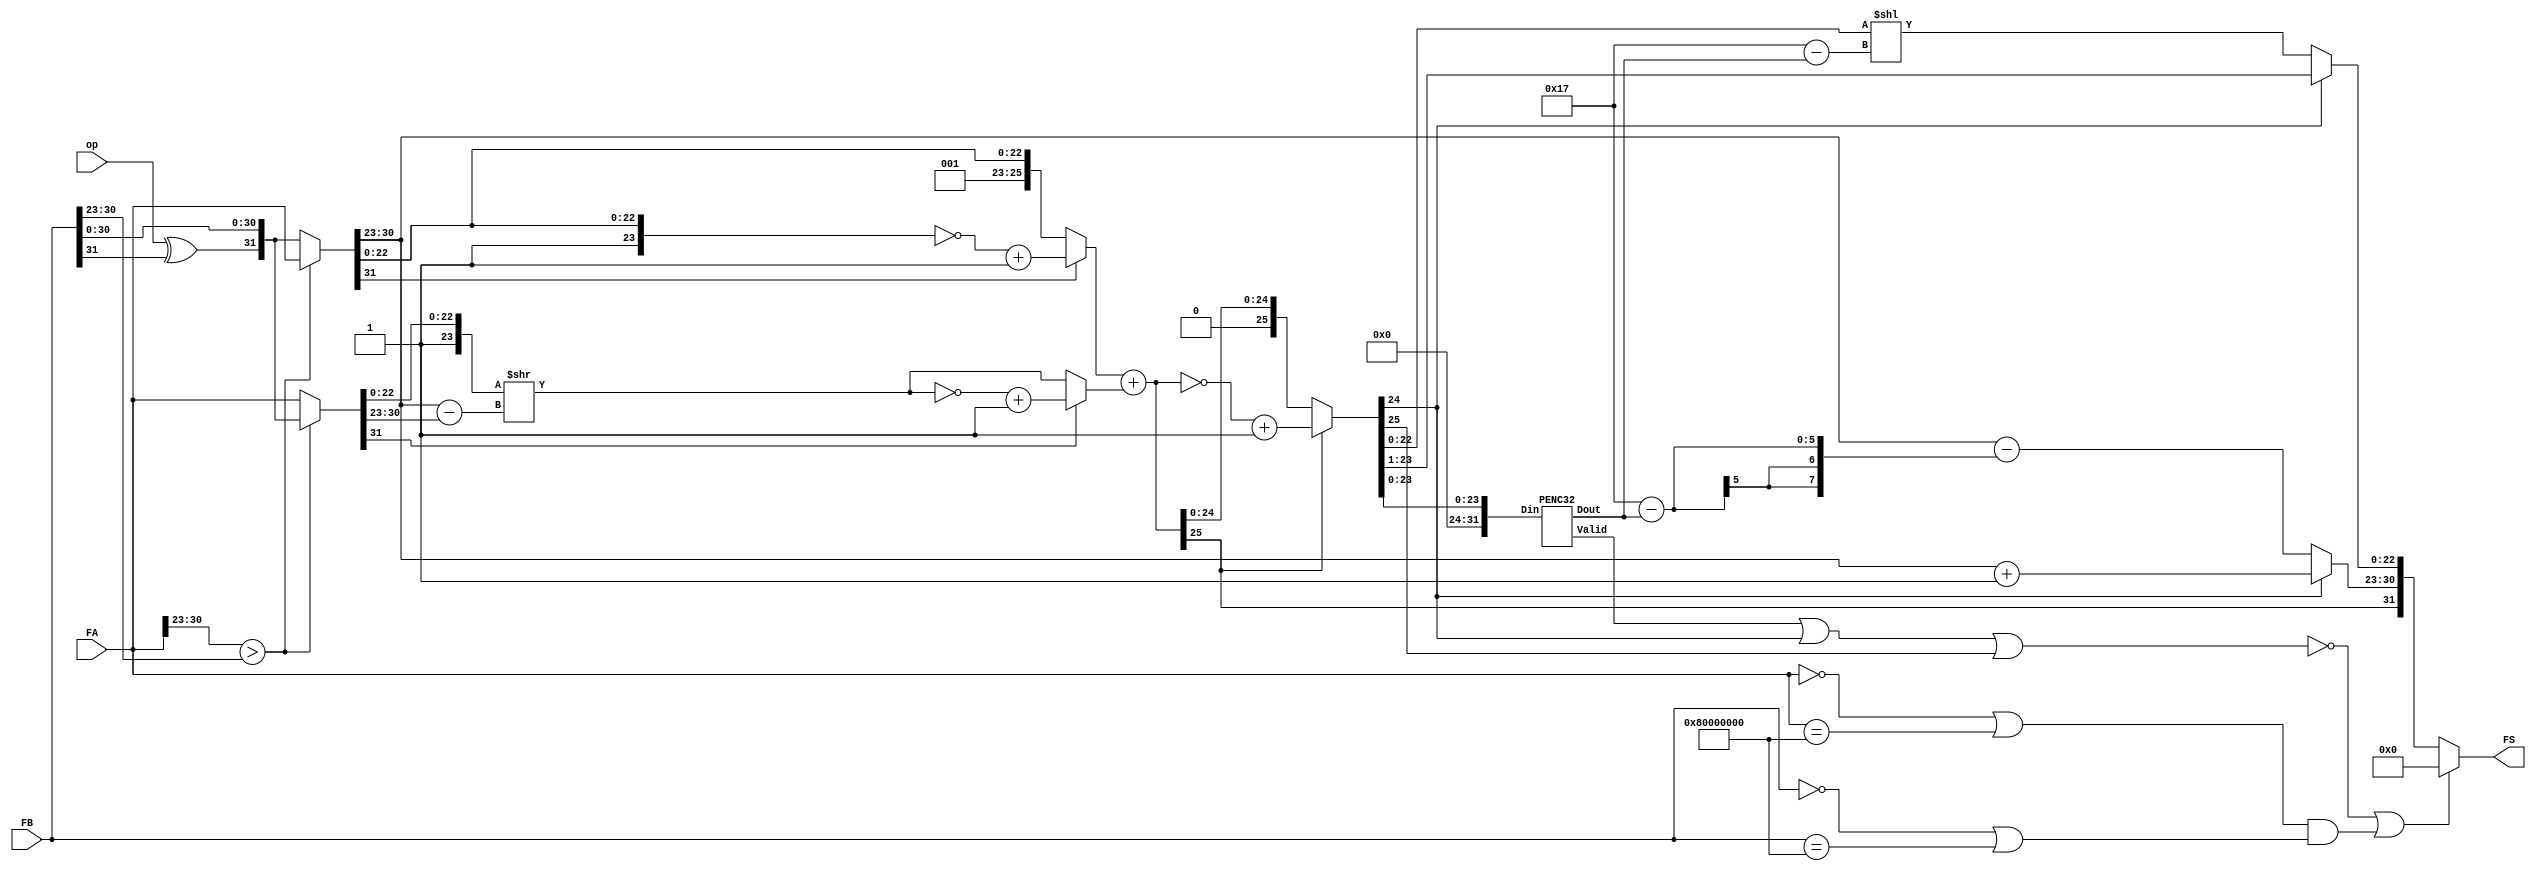
module float_addsub (FA,FB,FS,op);
input [31:0] FA,FB;
input op;        //0:add 1:sub
output [31:0] FS;

parameter float_zero=32'b0;
parameter float_negzero=32'h8000_0000;

wire [31:0] FB_M;
wire FA_S,FB_S,FS_S;
wire [7:0] FA_E,FB_E,FS_E;
wire [22:0] FA_F,FB_F,FS_F;
wire [25:0] FB_F_sh;
wire [25:0] FA_F_ext, FB_F_ext;
wire [25:0] FA_F_com, FB_F_com;
wire [25:0] FS_F_cal, FS_F_com;
wire [4:0] FS_shift_num;
wire [7:0] Ex_diff;
wire Valid,zero;
wire bothzero;

assign FB_M = {op^FB[31], FB[30:0]};

assign {FA_S,FA_E,FA_F} = {FA[30:23]>FB[30:23]}? FA :FB_M;
assign {FB_S,FB_E,FB_F} = {FA[30:23]>FB[30:23]}? FB_M :FA;

assign FA_F_ext = {3'b001,FA_F};
assign FB_F_ext = {3'b001,FB_F};

assign Ex_diff = FA_E - FB_E;
assign FB_F_sh = FB_F_ext >> Ex_diff;

assign FA_F_com = (FA_S)? ~FA_F_ext + 26'd1 : FA_F_ext;
assign FB_F_com = (FB_S)? ~FB_F_sh + 26'd1 : FB_F_sh;

assign FS_F_cal = FA_F_com + FB_F_com;
assign FS_F_com = (FS_F_cal[25])? ~FS_F_cal + 26'd1 : FS_F_cal;

PENC32 p0(.Din({8'd0,FS_F_com[23:0]}), .Dout(FS_shift_num), .Valid(Valid));

assign FS_S = FS_F_cal[25];
assign FS_E = (FS_F_com[24])? FA_E + 8'd1 : FA_E - (5'd23 - FS_shift_num);
assign FS_F = (FS_F_com[24])? FS_F_com[23:1]: FS_F_com[22:0] << (5'd23 - FS_shift_num); 

assign bothzero = ((FA == float_zero)||(FA == float_negzero))&&((FB == float_zero)||(FB == float_negzero));

assign zero = (~(Valid | FS_F_com[24]| FS_F_com[25]))||bothzero;
assign FS = (zero)? 32'd0 : {FS_S,FS_E,FS_F};
endmodule

module PENC32 (Din,Dout,Valid);
    input [31:0] Din;
    output[4:0] Dout;
    output Valid;

    wire [2:0] D0,D1,D2,D3;
    wire v0,v1,v2,v3;

    PENC8 P0(.Din(Din[7:0]), .Dout(D0), .Valid(v0));
    PENC8 P1(.Din(Din[15:8]), .Dout(D1), .Valid(v1));
    PENC8 P2(.Din(Din[23:16]), .Dout(D2), .Valid(v2));
    PENC8 P3(.Din(Din[31:24]), .Dout(D3), .Valid(v3));

    assign Valid = v0 | v1 | v2 | v3;
    assign Dout[4] = v3 | v2;
    assign Dout[3] = v3 | (!v2 & v1);
    assign Dout[2:0] = Dout[4] ? ((Dout[3])?D3:D2) : ((Dout[3])?D1:D0);    
endmodule

module PENC8 (Din,Dout,Valid);
    input [7:0] Din;
    output [2:0] Dout;
    output Valid;

    wire[1:0] A, B;
    wire v0 ,v1;

    PENC4 P0(.Din(Din[3:0]), .Dout(B), .Valid(v0));
    PENC4 P1(.Din(Din[7:4]), .Dout(A), .Valid(v1));

    assign Valid = v0 | v1;
    assign Dout[2] = v1;
    assign Dout[1:0] = (Dout[2])? A : B;
endmodule

module PENC4 (Din, Dout, Valid);
    input [3:0] Din;
    output [1:0] Dout;
    output Valid;

    assign Dout[1] = Din[3] | Din[2];
    assign Dout[0] = Din[3] | (Din[1]&(!Din[2]));
    assign Valid = |Din;
    
endmodule